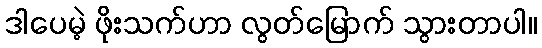
ဒါပေမဲ့ ဖိုးသက်ဟာ လွတ်မြောက် သွားတာပါ။